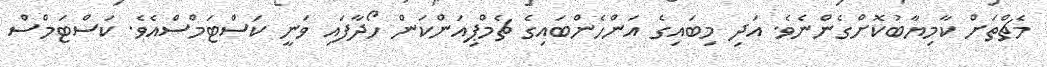
މެޗްތަށް ކާމިޔާބުކޮށްގެންނެވެ. އަދި މިބައިގެ އަންހެންބައިގެ ޗެމްޕިއަންކަން ހޯދާފައި ވަނީ ކަސްޓަމްސްއެވެ. ކަސްޓަމްސް